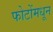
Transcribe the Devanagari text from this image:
फोटोंमधून